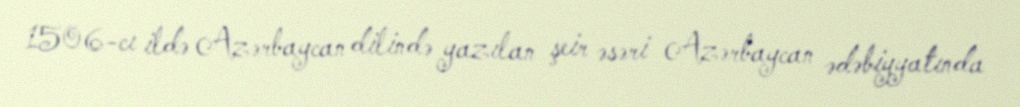
1506-cı ildə Azərbaycan dilində yazılan şeir əsəri Azərbaycan ədəbiyyatında